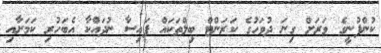
ކުންފުނީގެ ވަރަށް ގިނަ ދުވަހުގެ ކަރަންޓް ބިލްތަކައް ފައިސާ ނުދައްކާ އެބަހުރި ކަމަށާއި